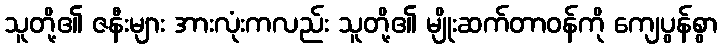
သူတို့၏ ဇနီးများ အားလုံးကလည်း သူတို့၏ မျိုးဆက်တာဝန်ကို ကျေပွန်စွာ